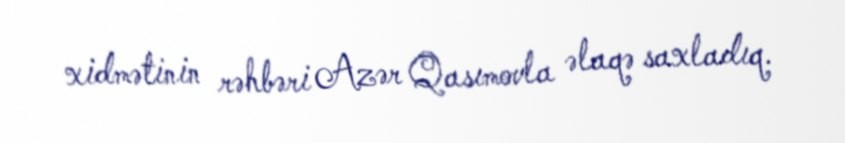
xidmətinin rəhbəri Azər Qasımovla əlaqə saxladıq.